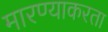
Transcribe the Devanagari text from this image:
मारण्याकरता